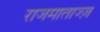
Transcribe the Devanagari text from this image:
राजमाताज्ज़